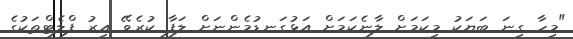
"މިހާ ގިނަ ބަޔަކު މިކަމަށް ލާނެކަމަށް އަޅުގަނޑުމެންނަށް ލަފާ ކުރެވޭ އިރު ފްލެޓްތަކުގެ